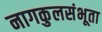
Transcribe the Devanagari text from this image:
नागकुलसंभूता